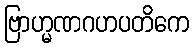
ဗြာဟ္မဏဂဟပတိကေ